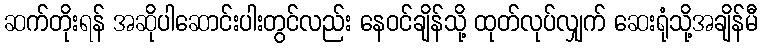
ဆက်တိုးရန် အဆိုပါဆောင်းပါးတွင်လည်း နေဝင်ချိန်သို့ ထုတ်လုပ်လျှက် ဆေးရုံသို့အချိန်မီ